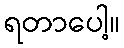
ရတာပေါ့။